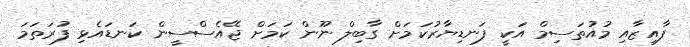
ފާއިޒާއި މުއުތަސިމް އަކީ ފަނޑިޔާރުކަމަށް ގާބިލް ނޫން ކަމަށް ޖޭއެސްސީން ކަނޑައެޅި ފުރަތަމަ